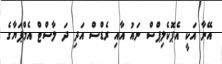
އޭނާ އަކީ އެޕޮކެލިޕްސް ނައު އާއި ރެޑްސް އަދި ދަ ލާސްޓް އެމްޕަޔާގެ